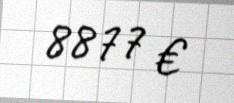
8877 €